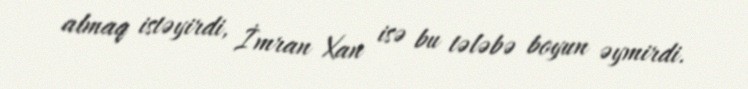
almaq istəyirdi, İmran Xan isə bu tələbə boyun əymirdi.